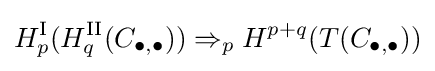
H_{p}^{\textrm {I}}(H_{q}^{\textrm {II}}(C_{\bullet ,\bullet }))\Rightarrow _{p}H^{p+q}(T(C_{\bullet ,\bullet }))